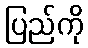
ပြည်ကို